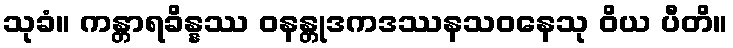
သုခံ။ ကန္တာရခိန္နဿ ဝနန္တုဒကဒဿနသဝနေသု ဝိယ ပီတိ။